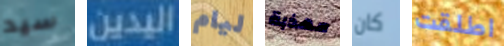
سيد اليدين ليام مهذبة كان اطلقت